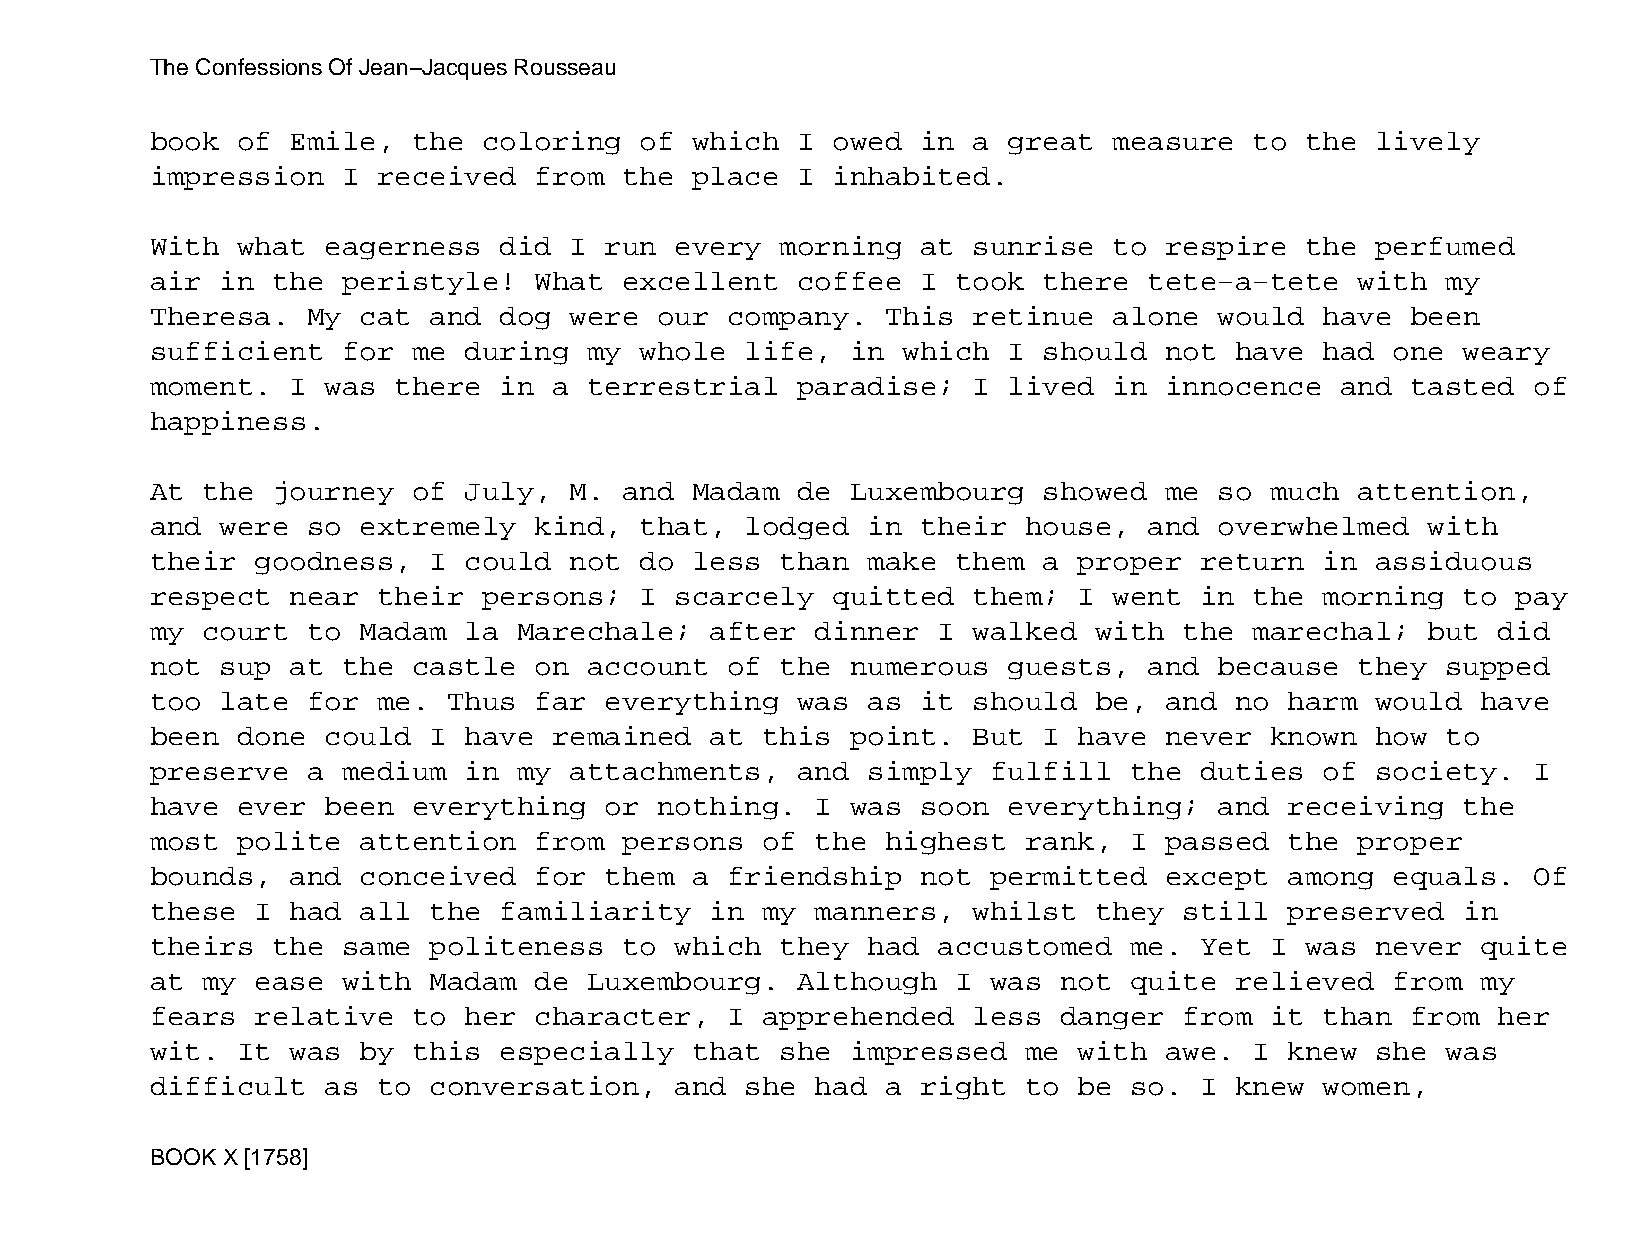
The Confessions Of Jean−Jacques Rousseau
 book  of Emile,  the  coloring  of  which  I owed  in a  great  measure  to the  lively
 impression   I received  from  the  place  I inhabited.
 With  what  eagerness  did  I run  every  morning  at sunrise   to respire  the  perfumed
 air  in the  peristyle!  What  excellent   coffee  I took  there  tete−a−tete   with  my
 Theresa.  My  cat and  dog  were  our company.   This retinue   alone  would  have been
 sufficient   for me  during  my whole  life,  in  which  I should  not  have  had one  weary
 moment.  I  was there  in  a terrestrial   paradise;  I  lived  in innocence   and tasted  of
 happiness.
 At the  journey  of  July,  M. and  Madam  de Luxembourg   showed  me  so much  attention,
 and  were so  extremely  kind,  that,  lodged  in  their  house,  and  overwhelmed   with
 their  goodness,  I  could  not do  less  than make  them  a proper  return   in assiduous
 respect  near  their  persons;  I  scarcely  quitted  them;  I  went in  the  morning  to pay
 my court  to  Madam  la Marechale;   after  dinner  I walked  with  the  marechal;   but did
 not  sup at  the castle  on  account  of  the numerous   guests,  and  because  they  supped
 too  late for  me.  Thus far  everything   was as  it should  be,  and  no harm  would  have
 been  done  could I  have  remained  at this  point.  But  I have  never  known  how  to
 preserve  a  medium  in my  attachments,   and simply   fulfill  the duties   of society.  I
 have  ever  been everything   or  nothing.  I was  soon  everything;   and receiving   the
 most  polite  attention  from  persons  of  the  highest  rank,  I passed  the  proper
 bounds,  and  conceived  for  them  a friendship   not  permitted  except  among  equals.  Of
 these  I had  all the  familiarity   in my  manners,  whilst  they  still  preserved   in
 theirs  the  same politeness   to  which  they had  accustomed   me. Yet  I was  never  quite
 at my  ease  with Madam  de  Luxembourg.   Although  I  was not  quite  relieved  from  my
 fears  relative  to  her character,   I apprehended   less  danger  from  it  than from  her
 wit.  It was  by this  especially   that  she impressed   me with  awe.  I knew  she  was
 difficult   as to conversation,    and she  had  a right  to be  so. I  knew  women,
 BOOK X [1758]